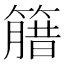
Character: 𱸦